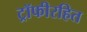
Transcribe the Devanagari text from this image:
ट्रॉफीरहित